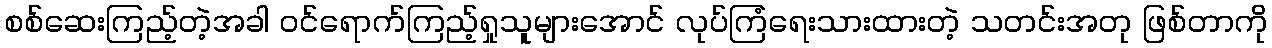
စစ်ဆေးကြည့်တဲ့အခါ ဝင်ရောက်ကြည့်ရှုသူများအောင် လုပ်ကြံရေးသားထားတဲ့ သတင်းအတု ဖြစ်တာကို